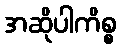
အဆိုပါကိစ္စ